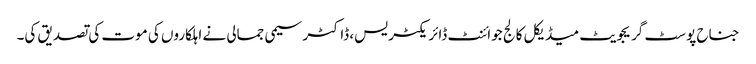
جناح پوسٹ گریجویٹ میڈیکل کالج جوائنٹ ڈائریکٹر یس، ڈاکٹر سیمی جمالی نے اہلکاروں کی موت کی تصدیق کی۔